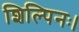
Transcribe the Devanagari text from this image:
शिल्पिनः।